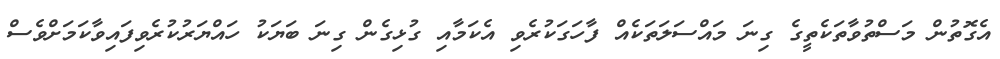
އެގޮތުން މަސްތުވާތަކެތީގެ ގިނަ މައްސަލަތަކެއް ފާހަގަކުރެވި އެކަމާއި ގުޅިގެން ގިނަ ބަޔަކު ހައްޔަރުކުރެވިފައިވާކަމަށްވެސް